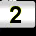
Digit: 2